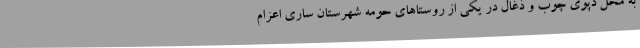
به محل دپوی چوب و ذغال در یکی از روستاهای حومه شهرستان ساری اعزام